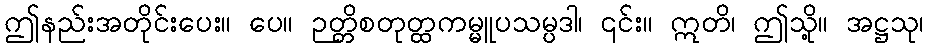
ဤနည်းအတိုင်းပေး။ ပေ။ ဉတ္တိစတုတ္ထကမ္မူပသမ္ပဒါ၊ ၎င်း။ ဣတိ၊ ဤသို့။ အဋ္ဌသု၊